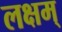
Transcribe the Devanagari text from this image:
लक्षम्